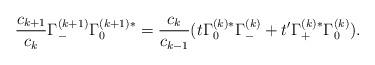
LaTeX: \begin{align*}\frac{c_{k + 1}}{c_{k}} \Gamma_{-}^{(k + 1)} \Gamma_{0}^{(k + 1)*} = \frac{c_{k}}{c_{k - 1}} (t \Gamma_{0}^{(k)*} \Gamma_{-}^{(k)} + t^{\prime} \Gamma_{+}^{(k)*} \Gamma_{0}^{(k)}).\end{align*}